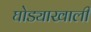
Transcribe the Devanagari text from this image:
घोड्याखाली